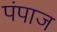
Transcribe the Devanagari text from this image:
पंपाज